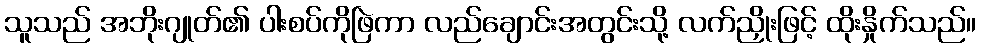
သူသည် အဘိုးဂျုတ်၏ ပါးစပ်ကိုဖြဲကာ လည်ချောင်းအတွင်းသို့ လက်ညှိုးဖြင့် ထိုးနှိုက်သည်။